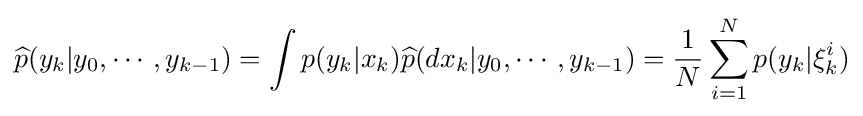
{\widehat {p}}(y_{k}|y_{0},\cdots ,y_{k-1})=\int p(y_{k}|x_{k}){\widehat {p}}(dx_{k}|y_{0},\cdots ,y_{k-1})={\frac {1}{N}}\sum _{i=1}^{N}p(y_{k}|\xi _{k}^{i})